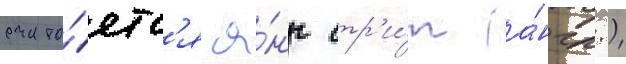
счита́етс'я я́нг стр'и́т (а́нгл.)